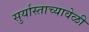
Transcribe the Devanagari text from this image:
सुर्यास्ताच्यावेळी